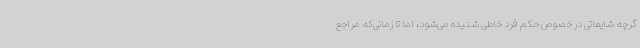
گرچه شایعاتی در خصوص حکم فرد خاطی شنیده می‌شود، اما تا زمانی‌که مراجع